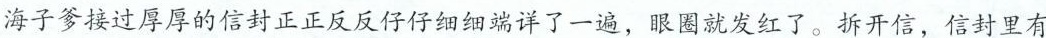
海子爹接过厚厚的信封正正反反仔仔细细端详了一遍，眼圈就发红了。拆开信，信封里有